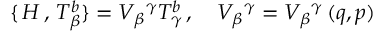
\{ \, H \, , \, T _ { \beta } ^ { b } \} = V _ { \beta } { } ^ { \gamma } T _ { \gamma } ^ { b } \, , \quad V _ { \beta } { } ^ { \gamma } = V _ { \beta } { } ^ { \gamma } \, ( q , p )